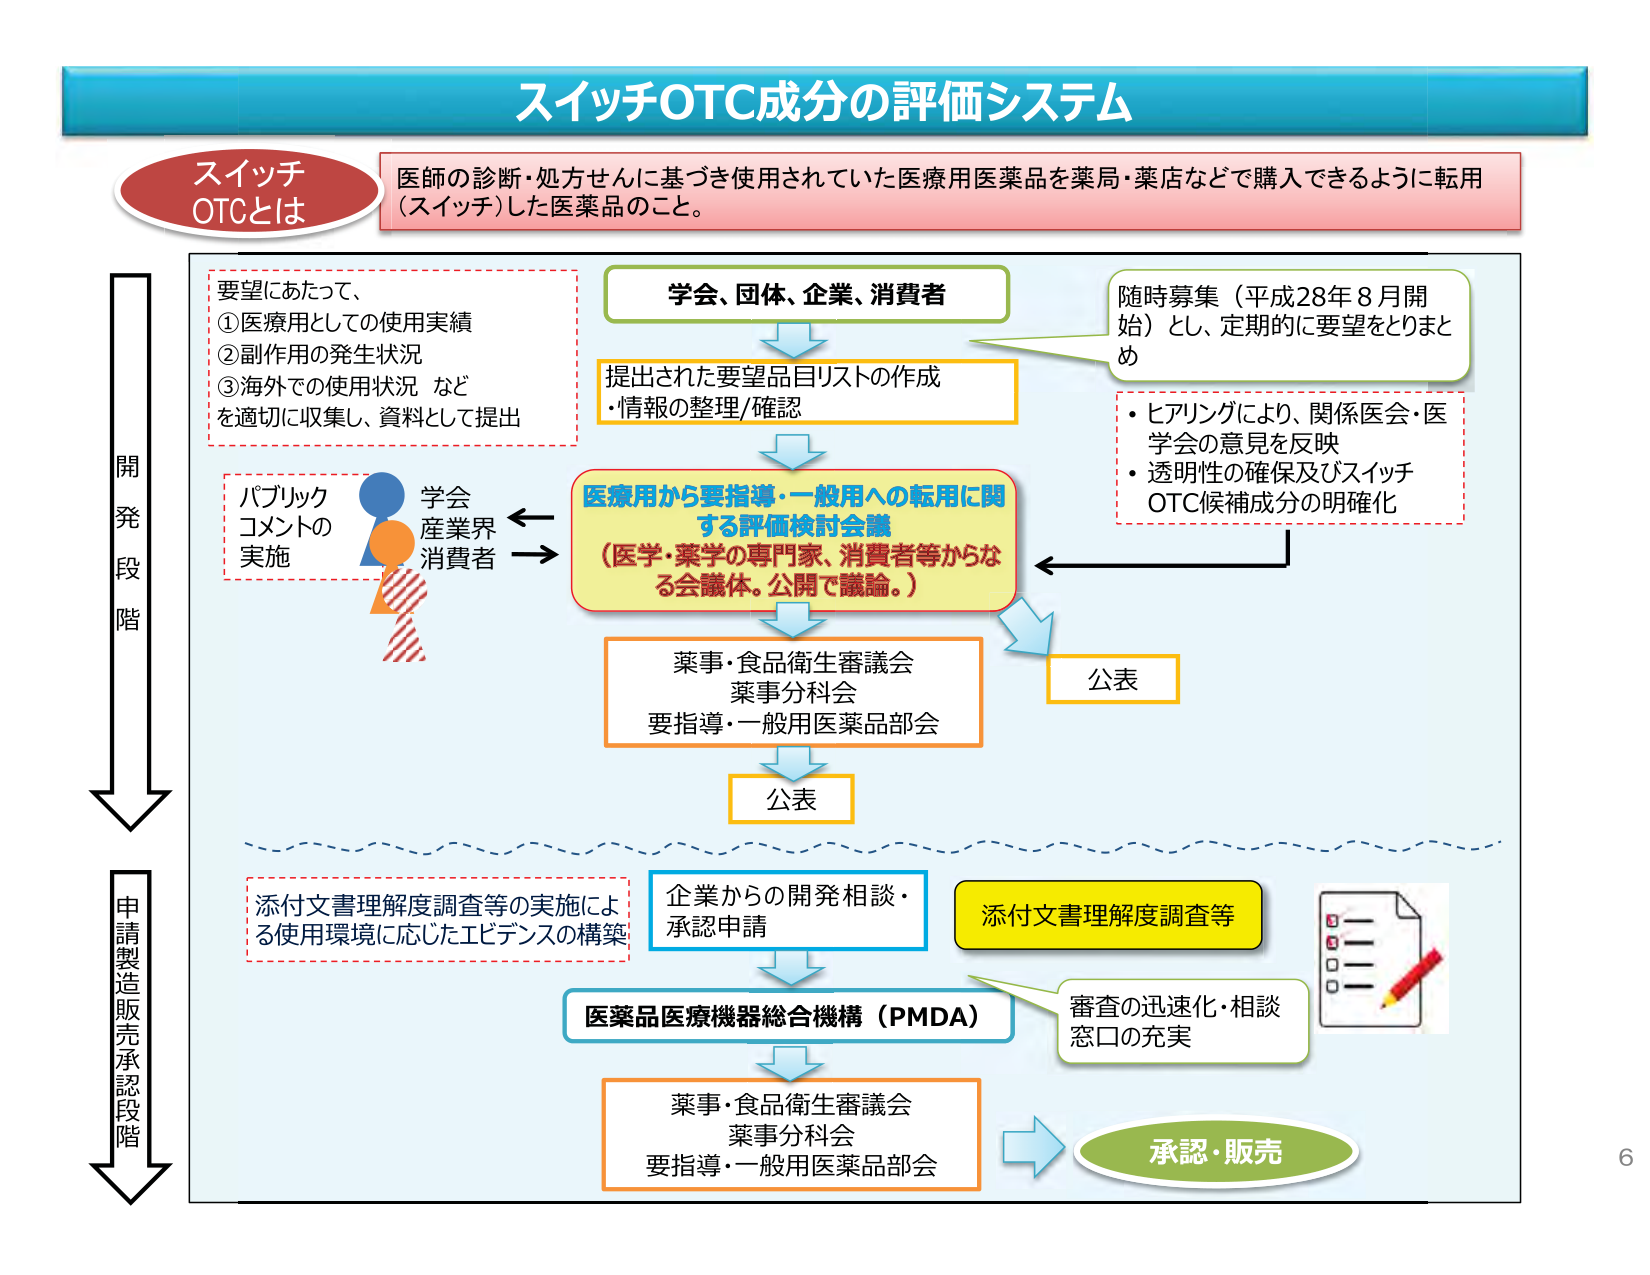
スイッチOTC成分の評価システム

スイッチ
OTCとは
医師の診断・処方せんに基づき使用されていた医療用医薬品を薬局・薬店などで購入できるように転用（スイッチ）した医薬品のこと。

開発段階

要望にあたって、
①医療用としての使用実績
②副作用の発生状況
③海外での使用状況 など
を適切に収集し、資料として提出

学会、団体、企業、消費者
→ 提出された要望品目リストの作成
・情報の整理/確認

随時募集（平成28年8月開始）とし、定期的に要望をとりまとめ
・ヒアリングにより、関係医会・医学会の意見を反映
・透明性の確保及びスイッチOTC候補成分の明確化

パブリックコメントの実施
学会
産業界
消費者

医療用から要指導・一般用への転用に関する評価検討会議
（医学・薬学の専門家、消費者等からなる会議体。公開で議論。）

→ 薬事・食品衛生審議会
薬事分科会
要指導・一般用医薬品部会
→ 公表

→ 公表

申請製造販売承認段階

添付文書理解度調査等の実施による使用環境に応じたエビデンスの構築

企業からの開発相談・承認申請

添付文書理解度調査等

医薬品医療機器総合機構（PMDA）

審査の迅速化・相談窓口の充実

→ 薬事・食品衛生審議会
薬事分科会
要指導・一般用医薬品部会

→ 承認・販売

6